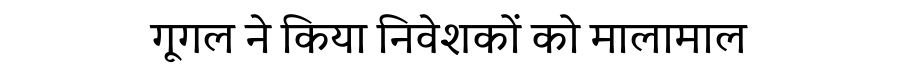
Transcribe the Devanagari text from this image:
गूगल ने किया निवेशकों को मालामाल